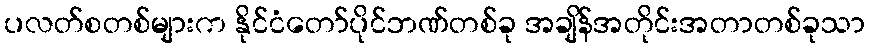
ပလတ်စတစ်များက နိုင်ငံတော်ပိုင်ဘဏ်တစ်ခု အချိန်အတိုင်းအတာတစ်ခုသာ